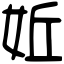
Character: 㚱